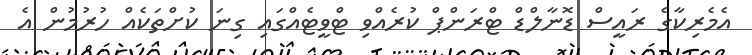
އެމެރިކާގެ ރައީސް ޑޮނާލްޑް ޓްރަންޕް ކުރެއްވި ޓްވީޓެއްގައި ގިނަ ކުށްތަކެއް ހުރުމުން އެ